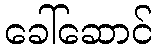
ခေါ်ဆောင်